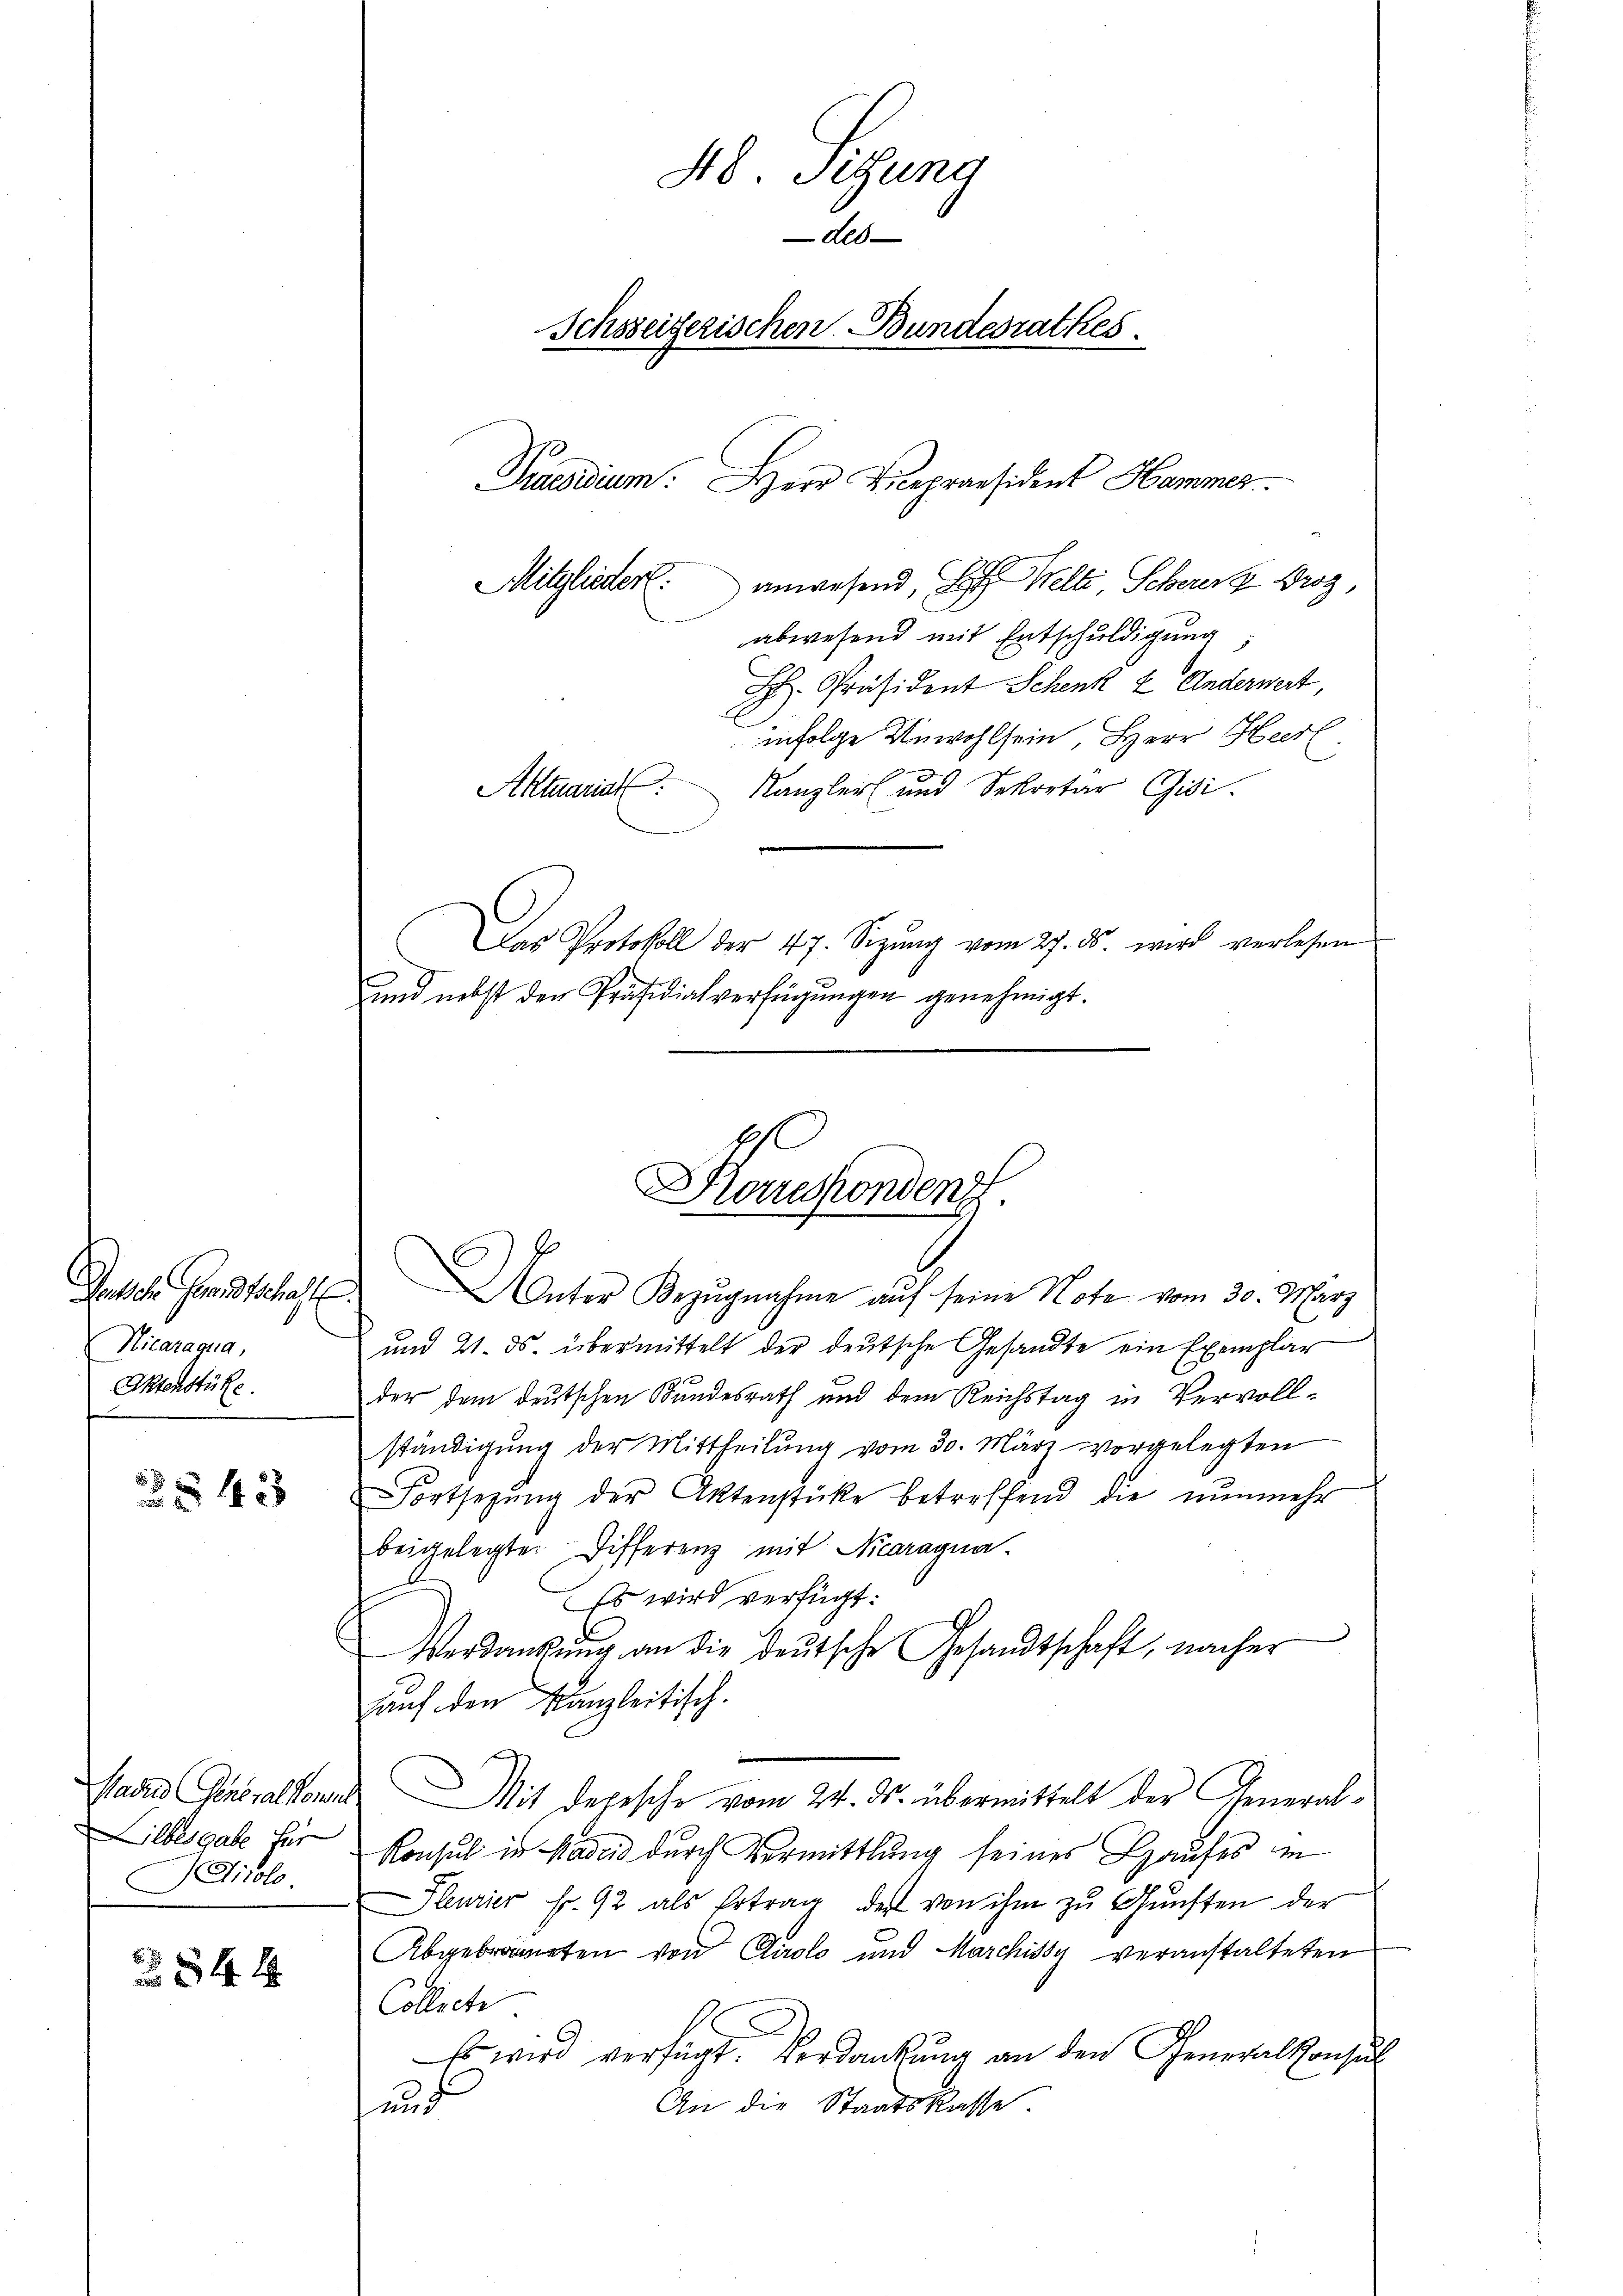
Gentsch Grandtschaft
Nicaragua,
Aktenstüke

543

ilbesgabe für
Airolo.

844

48. Sitzung
des
Schsseizerischen Bundesrathes
Praesidium. Herr Vicepräsident Hammer.
Mitgliedert: anwesend, Hr. Welti, Scherer Brog
abwesend mit Entschuldigung

H. Präsident Schenk & Anderwert,
infolge Unwohlsein, Herr Heerl
Kanzler und Sekretär Gisi
Das Protokoll der 47. Sezŭng vom 27. ds. wird verlesen
und nebst der Präsidialverfügŭngen genehmigt.

Aktuarial

Droussondenz.
Unter Bezugnahme auf seine Note vom 30. März

und 21. ds. übermittelt der deutsche Gesandte ein Exemplar
der dem deutschen Bundesrath und dem Reichstag in Vervoll-
ständigung der Mittheilung vom 30. März vorgelegten
Fortsetzŭng der Aktenstücke betreffend die nŭnmehr
beigelegte Differenz mit Nicaragna.
Es wird verfügt:
Verdankŭng an die deutsche Gesandtschaft, nacher
auf den Kanzleitisch.
Nadas Generalkones Mit depesche vom 24. ds. übermittelt der General-
Konsul in Padeis durch Vermittlung seines Hauses in
Pleurier fr. 92 als Ertrag des von ihm zŭ Gŭnsten der
Abgebraneten von Airolo und Marchissy veranstalteten
Collecte
Es wird verfügt. Verdankung an den Generalkonsul
An die Staatskasse
aud